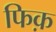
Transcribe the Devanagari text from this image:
फिक़